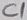
Text: C1